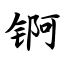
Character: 锕